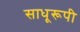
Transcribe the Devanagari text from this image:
साधूरूपी